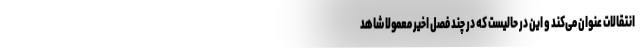
انتقالات عنوان می‌کند و این در حالیست که در چند فصل اخیر معمولاً شاهد